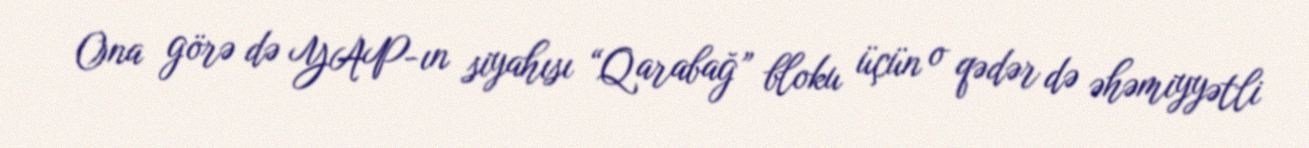
Ona görə də YAP-ın siyahısı “Qarabağ” bloku üçün o qədər də əhəmiyyətli